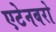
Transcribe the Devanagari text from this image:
एटेनबरो